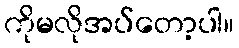
ကိုမလိုအပ်တော့ပါ။